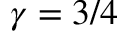
\gamma = 3 / 4